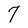
Character: 7